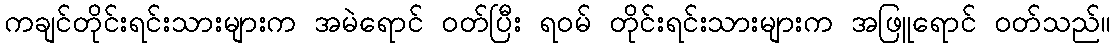
ကချင်တိုင်းရင်းသားများက အမဲရောင် ဝတ်ပြီး ရဝမ် တိုင်းရင်းသားများက အဖြူရောင် ဝတ်သည်။